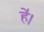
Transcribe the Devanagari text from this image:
हे॑।